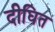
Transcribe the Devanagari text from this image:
दीघित